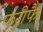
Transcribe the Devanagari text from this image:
फरीफै